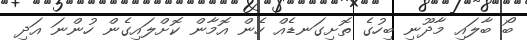
ބޯ ބާލައި މާދޫނި ބިހުގެ ތޮށިގަނޑެއް ހެން އޮމާން ކޮށްލައިގެން ހުންނަ އަދި